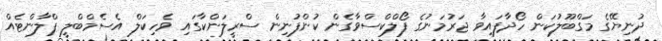
ދުނިޔޭގެ މަގްބޫލުކަން ހޯދާފައިވާ ޖަރުމަނުގެެ ފޯލްކްސްވާގެން ކުންފުނިން ސްރީލަންކާގައި ވެހިކަލް އެސެމްބްލީ ޕްލާންޓެއް